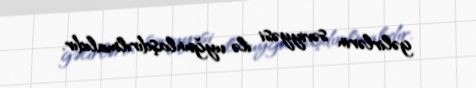
gəlirlərin səviyyəsi ilə uyğunlaşdırılmalıdır.